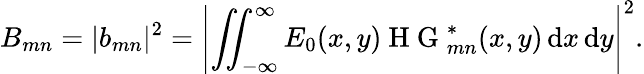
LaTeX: B_{mn}=|b_{mn}|^{2}=\left|\iint_{-\infty}^{\infty}E_{0}(x,y)\mathrm{~H~G~}_{mn}^{*}(x,y)\, \mathrm{d}x\, \mathrm{d}y\right|^{2}.